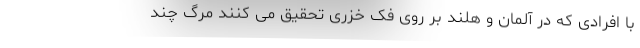
با افرادی که در آلمان و هلند بر روی فک خزری تحقیق می کنند مرگ چند